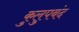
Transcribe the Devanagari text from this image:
कुलुपबंद